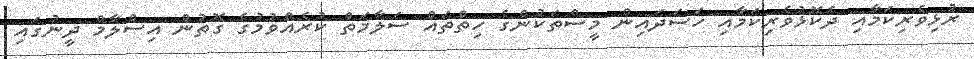
ރުޅިވެރިކަމާއި ދެކޮޅުވެރިކަމާއި ހަސަދައިން މީސްތަކުންގެ ހިތްތައް ސަލާމަތް ކުރެއްވުމުގެ ގޮތުން އިސްލާމް ދީނުގައި